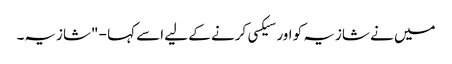
میں نے شازیہ کو اور سیکسی کرنے کے لیے اسے کہا - "شازیہ۔